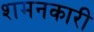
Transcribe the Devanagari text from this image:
शमनकारी